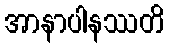
အာနာပါနဿတိ